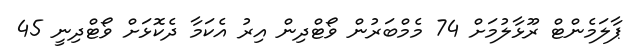
ޕާލަމެންޓް ރޫޅާލުމަށް 74 މެމްބަރުން ވޯޓްދިން އިރު އެކަމާ ދެކޮޅަށް ވޯޓްދިނީ 45